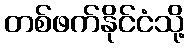
တစ်ဖက်နိုင်ငံသို့